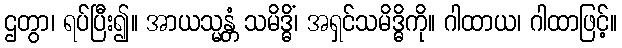
ဌတွာ၊ ရပ်ပြီး၍။ အာယသ္မန္တံ သမိဒ္ဓိံ၊ အရှင်သမိဒ္ဓိကို။ ဂါထာယ၊ ဂါထာဖြင့်။